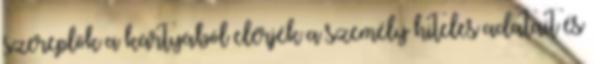
szereplők a kártyából elérjék a személy hiteles adatait és